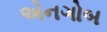
એનગોબ